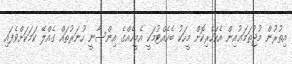
އިތުރުން މުޖުތަމަޢުއިން އެކަހެރިކޮށް މީހަކު ބެހެއްޓުމަކީ އެމީހެއްގެ އިންސާނީ ހުނަރުތައް ގެއްލޭ ކަމަކަށްވެފައި